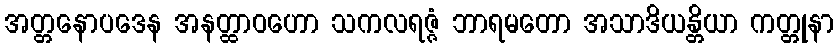
အတ္တနောပဒေန အနတ္ထာဝဟော သကလရဇ္ဇံ ဘာရမတော အသာဒိယန္တိယာ ကတ္တုနာ